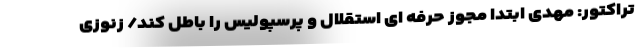
تراکتور: مهدی ابتدا مجوز حرفه ای استقلال و پرسپولیس را باطل کند/ زنوزی